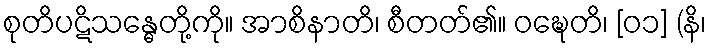
စုတိပဋိသန္ဓေတို့ကို။ အာစိနာတိ၊ စီတတ်၏။ ဝဍ္ဎေတိ၊ [၀၁] (နိ၊